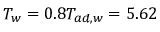
T _ { w } = 0 . 8 T _ { a d , w } = 5 . 6 2